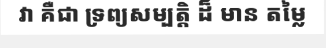
វា គឺជា ទ្រព្យសម្បត្តិ ដ៏ មាន តម្លៃ